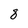
Character: 8